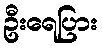
ဦးရေပြား